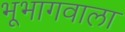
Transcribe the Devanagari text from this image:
भूभागवाला